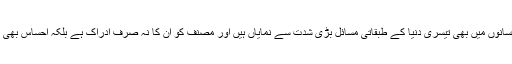
ان افسانوں میں بھی تیسری دنیا کے طبقاتی مسائل بڑی شدت سے نمایاں ہیں اور مصنف کو ان کا نہ صرف ادراک ہے بلکہ احساس بھی ہے۔